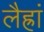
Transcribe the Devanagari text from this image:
लैह्रां